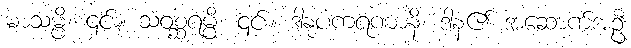
မာသမ္ပိ၊ ၎င်း။ သံဝစ္ဆရမ္ပိ၊ ၎င်း။ ဒါနုပကရဏာနိ၊ ဒါန၏ အဆောက်အဦ